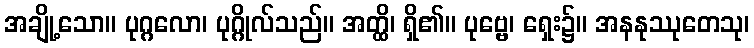
အချို့သော။ ပုဂ္ဂလော၊ ပုဂ္ဂိုလ်သည်။ အတ္ထိ၊ ရှိ၏။ ပုဗ္ဗေ၊ ရှေး၌။ အနနုဿုတေသု၊